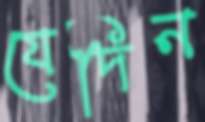
যেদিন